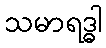
သမာရဒ္ဓါ